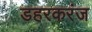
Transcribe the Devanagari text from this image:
डहरकरंज